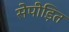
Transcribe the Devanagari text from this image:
सेपीड़ित